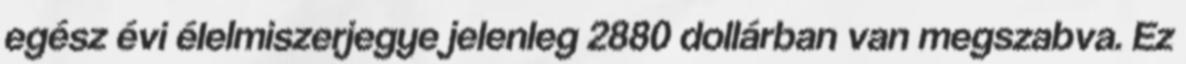
egész évi élelmiszerjegye jelenleg 2880 dollárban van megszabva. Ez